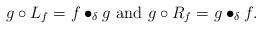
LaTeX: \begin{align*}g\circ L_f=f\bullet_\delta g\ \mbox{and}\ g\circ R_f=g\bullet_\delta f.\end{align*}